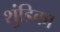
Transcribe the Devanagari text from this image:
शुंडिका